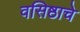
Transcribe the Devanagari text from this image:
वसिष्ठाचे